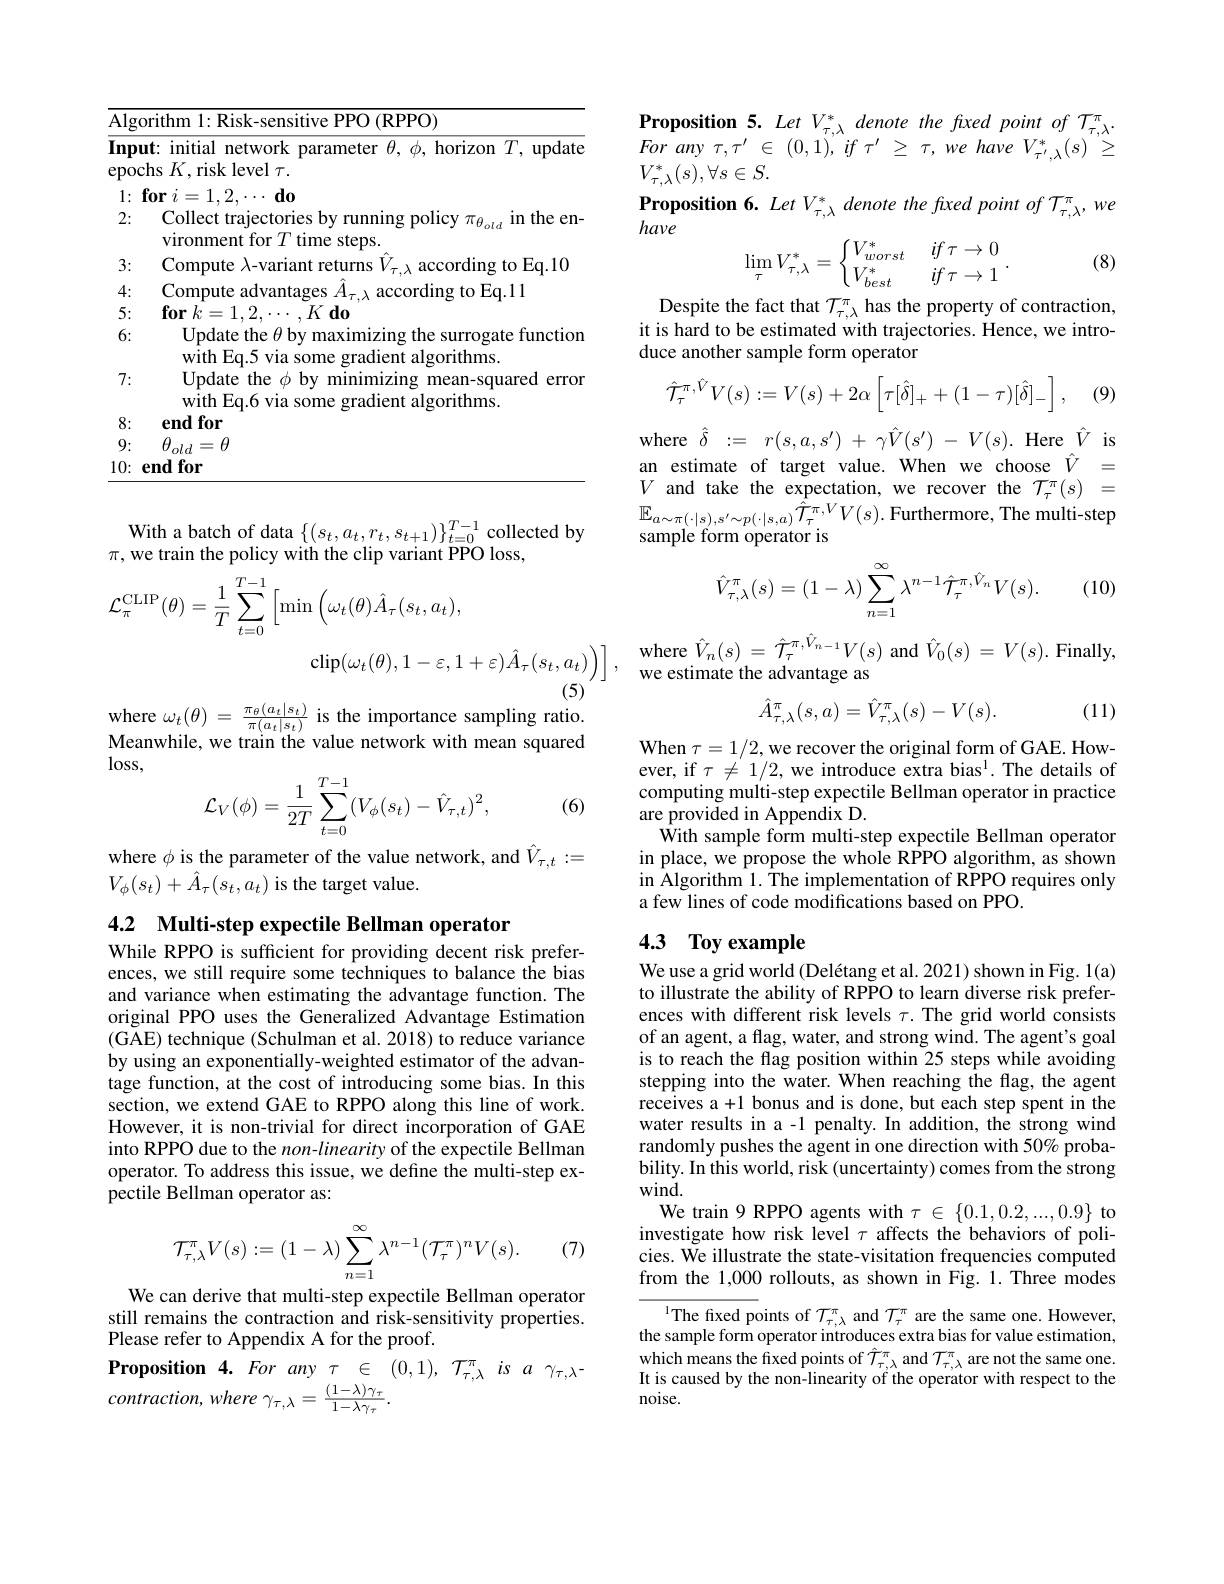
<table>
	<tbody>
		<tr>
			<td>$\overline{\mathrm{Alg}}$</td>
			<td>(RPPO)</td>
		</tr>
		<tr>
			<td>Inpr epoc</td>
			<td>ut: initial network parameter $\theta,\phi$, horizon $T$, update ${\mathrm{chs~}}K,{\mathrm{risk~level~}}\tau.$</td>
		</tr>
		<tr>
			<td>1: 1 1 </td>
			<td>for $i$ $d_0$ -2 $\cdots\cdots$</td>
		</tr>
		<tr>
			<td>2:</td>
			<td>Collect trajectories by running policy $\pi_{\theta_old}$ in the en- vironment for $T$ time steps.</td>
		</tr>
		<tr>
			<td>3:</td>
			<td>Compute -variant s to Eq.10 $\lambda_{-}$ ms rding</td>
		</tr>
		<tr>
			<td>4:</td>
			<td>Compute advanta rding to Eq.ll</td>
		</tr>
		<tr>
			<td>5:</td>
			<td>$\textbf{for}k$ -</td>
		</tr>
		<tr>
			<td>6:</td>
			<td>Update the $\theta$ by maximizing the surrogate function $Hr$</td>
		</tr>
		<tr>
			<td>7:</td>
			<td>Update the $\phi$ $\mathbf{hv}$ zing 2 mean-squared error</td>
		</tr>
		<tr>
			<td>8:</td>
			<td>$\mathbf{endfor}$</td>
		</tr>
		<tr>
			<td>9:</td>
			<td>$\theta_{old}=\theta$</td>
		</tr>
		<tr>
			<td>10:</td>
			<td>$\mathbf{endfor}$</td>
		</tr>
	</tbody>
</table>

With a batch of data $\{(s_t,a_t,r_t,s_{t+1})\}_{t=0}^{T-1}$ collected by
$\pi$,we train the policy with the clip variant PPO loss,
$$\begin{aligned}\mathcal{L}_{\pi}^{\mathrm{CLIP}}(\theta)&=\frac{1}{T}\sum_{t=0}^{T-1}\Big[\min\Big(\omega_{t}(\theta)\hat{A}_{\tau}(s_{t},a_{t}),\\&\operatorname{clip}(\omega_{t}(\theta),1-\varepsilon,1+\varepsilon)\hat{A}_{\tau}(s_{t},a_{t})\Big)\Big]\:,\end{aligned}$$
where $\omega _{t}( \theta )$ = $\frac {\pi _{\theta }( a_{t}| s_{t}) }{\pi ( a_{t}| s_{t}) }$ is the importance sampling ratio. Meanwhile, we train the value network with mean squared $\log$ss,
$$\begin{aligned}\mathcal{L}_V(\phi)=\frac{1}{2T}\sum_{t=0}^{T-1}(V_\phi(s_t)-\hat{V}_{\tau,t})^2,\end{aligned}$$
(6)

where $\phi$ is the parameter of the value network, and $\hat{V}_{\tau,t}:=$
$V_{\phi}(s_{t})+\hat{A}_{\tau}(s_{t},a_{t})$ is the target value.

4.2 Multi-step expectile Bellman operator

While RPPO is sufficient for providing decent risk preferences, we still require some techniques to balance the bias and variance when estimating the advantage function. The original PPO uses the Generalized Advantage Estimation (GAE) technique (Schulman et al. 2018) to reduce variance by using an exponentially-weighted estimator of the advantage function, at the cost of introducing some bias. In this section, we extend GAE to RPPO along this line of work. However, it is non-trivial for direct incorporation of GAE into RPPO due to the non-linearity of the expectile Bellman operator. To address this issue, we define the multi-step expectile Bellman operator as:

(7)
$$\mathcal{T}_{\tau,\lambda}^{\pi}V(s):=(1-\lambda)\sum_{n=1}^{\infty}\lambda^{n-1}(\mathcal{T}_{\tau}^{\pi})^{n}V(s).$$
We can derive that multi-step expectile Bellman operator

still remains the contraction and risk-sensitivity properties.
Please refer to Appendix A for the proof.
Proposition 4. For any $\tau\in(0,1),~\mathcal{T}_{\tau,\lambda}^\pi$ is $a$ $\gamma _{\tau , \lambda }$-
contraction, where $\gamma_{\tau,\lambda}=\frac{(1-\lambda)\gamma_{\tau}}{1-\lambda\gamma_{\tau}}.$

Proposition 5. Let V$_\tau,\lambda^*$ denote the fxed point of T$_\tau,\lambda^\pi.$ For any $\tau , \tau ^{\prime }$ $\in$ (0,1), $if$ $\tau ^{\prime }$ $\geq$ $\tau $, $we$ have $V_{\tau ^{\prime }, \lambda }^{* }( s) \:^{\prime \prime }\geq$ $V_{\tau,\lambda}^{*}(s),\forall s\in S.$
$\begin{array}{l}{\textbf{Proposition 6. Let V}_{\tau,\lambda}^{*}}&{\text{denote the fixed point of T}_{\tau,\lambda}^{\pi},we}\\{\text{have}}\end{array}$
$$\lim_\tau V_{\tau,\lambda}^*=\begin{cases}V_{worst}^*&\:if\:\tau\to0\\V_{best}^*&\:if\:\tau\to1\end{cases}.$$
(8)

Despite the fact that $\mathcal{T}_\tau,\lambda^\pi$ has the property of contraction, it is hard to be estimated with trajectories. Hence, we introduce another sample form operator
$$\hat{T}_\tau^{\pi,\hat{V}}V(s):=V(s)+2\alpha\left[\tau[\hat{\delta}]_++(1-\tau)[\hat{\delta}]_-\right],$$
(9)

$\begin{array}{ll}{\mathrm{where~}\hat{\delta}:=~r(s,a,s^{\prime})~+~\gamma\hat{V}(s^{\prime})~-~V(s).~\mathrm{Here~}\hat{V}~\mathrm{is}}\\{\mathrm{an~estimate~of~target~value.~When~we~choose~}\hat{V}~=}\\{V~\mathrm{and~take~the~expectation,~we~recover~the~}\mathcal{T}_{\tau}^{\pi}(s)~=}\end{array}$ $\mathbb{E}_{a\sim\pi(\cdot|s),s^{\prime}\sim p(\cdot|s,a)}\hat{\mathcal{T}}_{\tau}^{\pi,V}V(s).$Furthermore, The multi-step sample form operator is

(10)
$$\hat{V}_{\tau,\lambda}^{\pi}(s)=(1-\lambda)\sum_{n=1}^{\infty}\lambda^{n-1}\hat{\mathcal{T}}_{\tau}^{\pi,\hat{V}_{n}}V(s).$$
$\begin{array}{l}\text{where}\hat{V}_{n}(s)=\hat{\mathcal T}_{\tau}^{\pi,\hat{V}_{n-1}}V(s)\mathrm{~and~}\hat{V}_{0}(s)=V(s).\text{ Finally},\\\text{we estimate the advantage as}\end{array}$
$$\hat{A}_{\tau,\lambda}^\pi(s,a)=\hat{V}_{\tau,\lambda}^\pi(s)-V(s).$$
(11)

When $\tau=1/2$,we recover the original form of GAE. However, if $\tau\neq1/2$, we introduce extra bias$^{\mathrm{l}}.$ The details of computing multi-step expectile Bellman operator in practice are provided in Appendix D.
With sample form multi-step expectile Bellman operator in place, we propose the whole RPPO algorithm, as shown in Algorithm 1. The implementation of RPPO requires only a few lines of code modifications based on PPO.

## 4.3 Toy example

We use a grid world (Delétang et al. 2021) shown in Fig. 1(a) to illustrate the ability of RPPO to learn diverse risk preferences with different risk levels $\tau.$ The grid world consists of an agent, a flag, water, and strong wind. The agent's goal is to reach the flag position within 25 steps while avoiding stepping into the water. When reaching the flag, the agent receives a +1 bonus and is done, but each step spent in the water results in a -1 penalty. In addition, the strong wind randomly pushes the agent in one direction with 50% probability. In this world, risk (uncertainty) comes from the strong wind.
We train 9 RPPO agents with $\tau\in\{0.1,0.2,...,0.9\}$ to investigate how risk level $\tau$ affects the behaviors of policies. We illustrate the state-visitation frequencies computed from the 1,000 rollouts, as shown in Fig. 1. Three modes
$^{1}$The fixed points of $\mathcal{T}_\tau,\lambda^\pi$ and $\mathcal{T}_\tau^\pi$ are the same one. However, the sample form operator introduces extra bias for value estimation,

which means the fixed points of $\hat{T}_{\tau,\lambda}^{\pi}$ and $\mathcal{T}_{\tau,\lambda}^{\pi}$ are not the same one. It is caused by the non-linearity of the operator with respect to the noise.